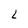
Character: L